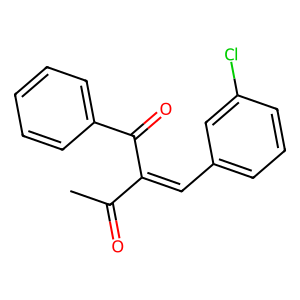
SMILES: CC(=O)C(=Cc1cccc(Cl)c1)C(=O)c1ccccc1
Inhibits HIV replication: No